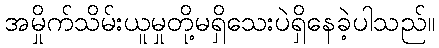
အမှိုက်သိမ်းယူမှုတို့မရှိသေးပဲရှိနေခဲ့ပါသည်။